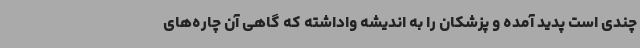
چندی است پدید آمده و پزشکان را به اندیشه واداشته که گاهی آن چاره‌های